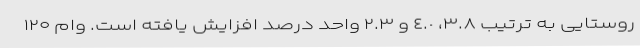
روستایی به ترتیب ٣.٨، ٤.٠ و ٢.٣ واحد درصد افزایش یافته است. وام ۱۲۰